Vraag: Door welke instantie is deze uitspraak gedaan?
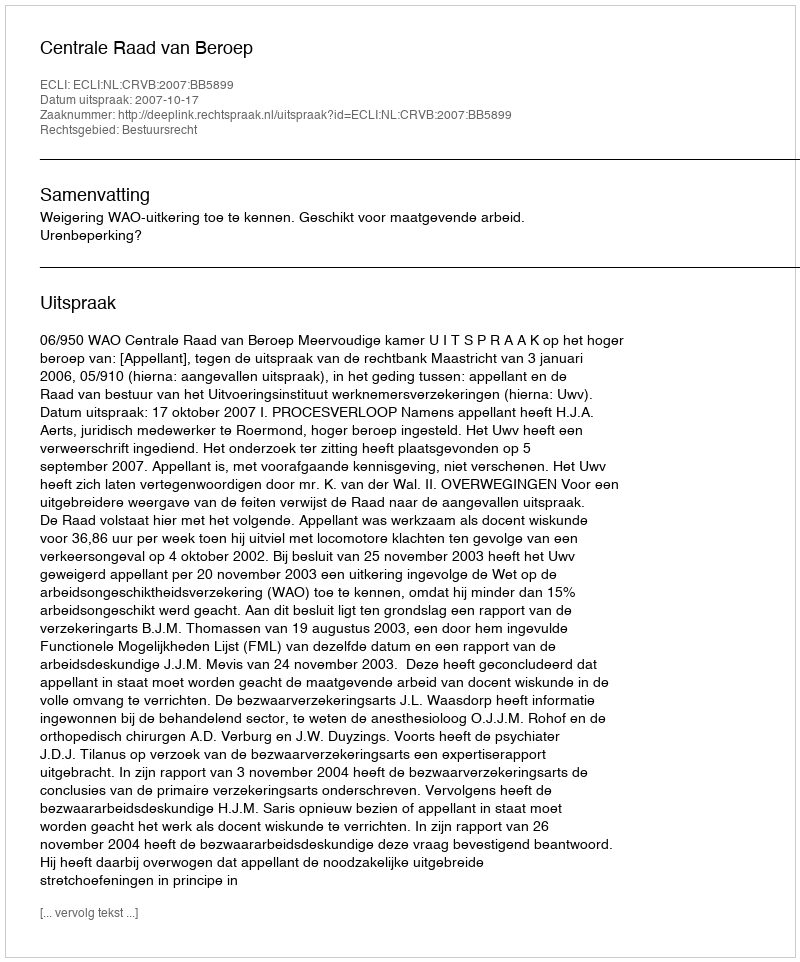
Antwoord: Centrale Raad van Beroep